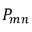
P _ { m n }